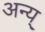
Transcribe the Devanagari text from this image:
अन्य्